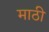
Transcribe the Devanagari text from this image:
माठी